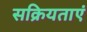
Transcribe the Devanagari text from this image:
सक्रियताएं